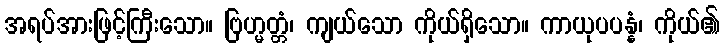
အရပ်အားဖြင့်ကြီးသော။ ဗြဟ္မတ္တံ၊ ကျယ်သော ကိုယ်ရှိသော။ ကာယုပပန္နံ၊ ကိုယ်၏